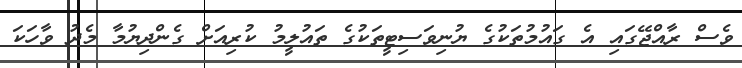
ވެސް ރާއްޖޭގައި އެ ގައުމުތަކުގެ ޔުނިވަސިޓީތަކުގެ ތައުލީމު ކުރިއަށް ގެންދިޔުމާ މެދު ވާހަކަ